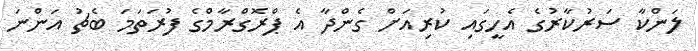
ލަންކާ ސަރުކާރުގެ އެހީގައި ކުރިއަށް ގެންދާ އެ ޕްރޮގްރާމްގެ ފުރަތަމަ ބެޗު އަންނަ